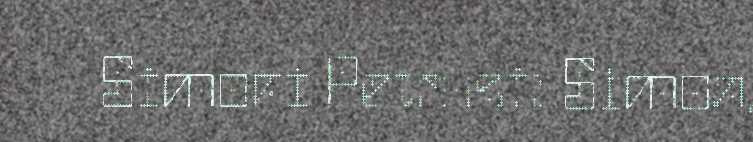
Simoni Petrusi: Simon,